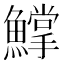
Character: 𩻰